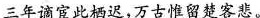
三年谪宦此栖迟，万古惟留楚客悲。